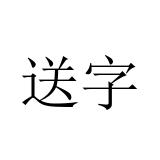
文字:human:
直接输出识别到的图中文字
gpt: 送字